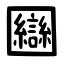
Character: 圝